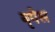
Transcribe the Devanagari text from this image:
बृगेस